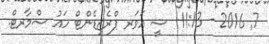
7